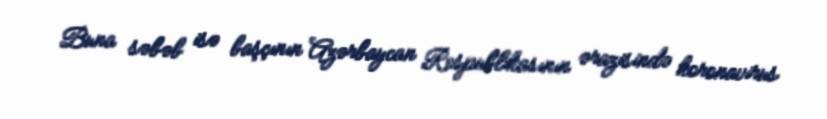
Buna səbəb isə başçının Azərbaycan Respublikasının ərazisində koronavirus